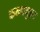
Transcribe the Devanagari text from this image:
कनदयुइत